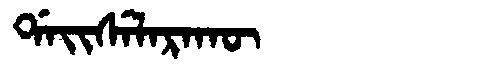
Manchu: ᡩᠠᡳᠰᡝᠯᠠᡵᠠᡴᡡ
Romanization: DAISELARAKŪ